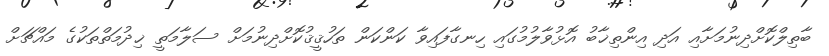
ބާތިލްކޮށްދިނުމަށާއި އަދި އިންތިޚާބު އޮޅުވާލުމުގައި ހިނގާފައިވާ ކަންކަން ތަހުޤީޤުކޮށްދިނުމަށް ސަލާމަތީ ޚިދުމަތްތަކުގެ މައްޗަށް